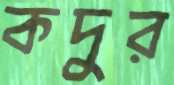
কদুর